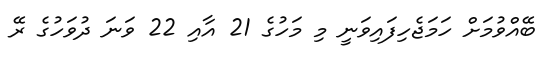
ބޭއްވުމަށް ހަމަޖެހިފައިވަނީ މި މަހުގެ 21 އާއި 22 ވަނަ ދުވަހުގެ ރޭ